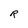
Character: R